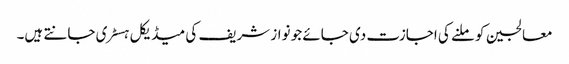
معالجین کو ملنے کی اجازت دی جائے جو نواز شریف کی میڈیکل ہسٹری جانتے ہیں۔